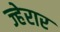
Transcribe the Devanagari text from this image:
ज्हेरार